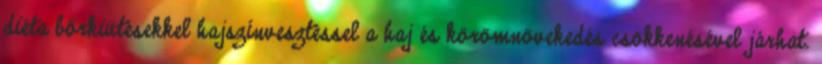
diéta bőrkiütésekkel hajszínvesztéssel a haj és körömnövekedés csökkenésével járhat.